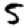
Digit: 5